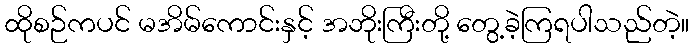
ထိုစဉ်ကပင် မအိမ်ကောင်းနှင့် အဘိုးကြီးတို့ တွေ့ခဲ့ကြရပါသည်တဲ့။